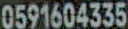
0591604335